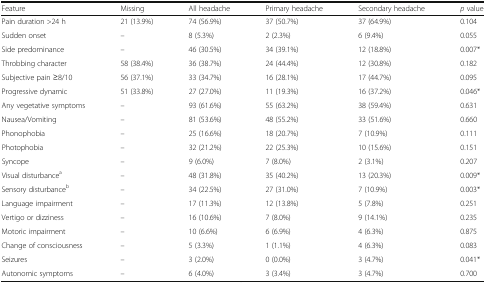
| Feature | Missing | All headache | Primary headache | Secondary headache | p value |
 | --- | --- | --- | --- | --- | --- |
 | Pain duration >24 h | 21 (13.9%) | 74 (56.9%) | 37 (50.7%) | 37 (64.9%) | 0.104 |
 | Sudden onset | – | 8 (5.3%) | 2 (2.3%) | 6 (9.4%) | 0.055 |
 | Side predominance | – | 46 (30.5%) | 34 (39.1%) | 12 (18.8%) | 0.007* |
 | Throbbing character | 58 (38.4%) | 36 (38.7%) | 24 (44.4%) | 12 (30.8%) | 0.182 |
 | Subjective pain ≥8/10 | 56 (37.1%) | 33 (34.7%) | 16 (28.1%) | 17 (44.7%) | 0.095 |
 | Progressive dynamic | 51 (33.8%) | 27 (27.0%) | 11 (19.3%) | 16 (37.2%) | 0.046* |
 | Any vegetative symptoms | – | 93 (61.6%) | 55 (63.2%) | 38 (59.4%) | 0.631 |
 | Nausea/Vomiting | – | 81 (53.6%) | 48 (55.2%) | 33 (51.6%) | 0.660 |
 | Phonophobia | – | 25 (16.6%) | 18 (20.7%) | 7 (10.9%) | 0.111 |
 | Photophobia | – | 32 (21.2%) | 22 (25.3%) | 10 (15.6%) | 0.151 |
 | Syncope | – | 9 (6.0%) | 7 (8.0%) | 2 (3.1%) | 0.207 |
 | Visual disturbancea | – | 48 (31.8%) | 35 (40.2%) | 13 (20.3%) | 0.009* |
 | Sensory disturbanceb | – | 34 (22.5%) | 27 (31.0%) | 7 (10.9%) | 0.003* |
 | Language impairment | – | 17 (11.3%) | 12 (13.8%) | 5 (7.8%) | 0.251 |
 | Vertigo or dizziness | – | 16 (10.6%) | 7 (8.0%) | 9 (14.1%) | 0.235 |
 | Motoric impairment | – | 10 (6.6%) | 6 (6.9%) | 4 (6.3%) | 0.875 |
 | Change of consciousness | – | 5 (3.3%) | 1 (1.1%) | 4 (6.3%) | 0.083 |
 | Seizures | – | 3 (2.0%) | 0 (0.0%) | 3 (4.7%) | 0.041* |
 | Autonomic symptoms | – | 6 (4.0%) | 3 (3.4%) | 3 (4.7%) | 0.700 |